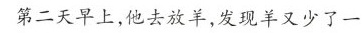
第二天早上，他去放羊，发现羊又少了一